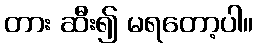
တား ဆီး၍ မရတော့ပါ။